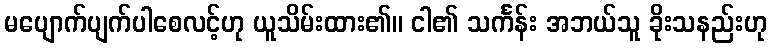
မပျောက်ပျက်ပါစေလင့်ဟု ယူသိမ်းထား၏။ ငါ၏ သင်္ကန်း အဘယ်သူ ခိုးသနည်းဟု